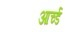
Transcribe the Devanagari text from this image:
आर्च्ड